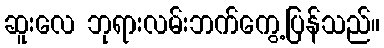
ဆူးလေ ဘုရားလမ်းဘက်ကွေ့ပြန်သည်။